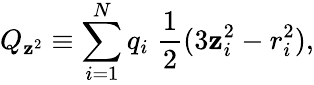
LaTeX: Q_{\mathbf{z}^{2}}\equiv\sum_{i=1}^{N}q_{i}\; {\frac{{1}}{{2}}}(3\mathbf{z}_{i}^{2}-r_{i}^{2}),